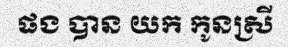
ផង បាន យក កូនស្រី